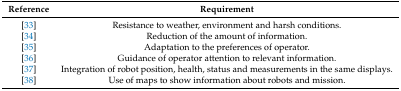
<table><thead><tr><td><b>Reference</b></td><td><b>Requirement</b></td></tr></thead><tbody><tr><td>[33]</td><td>Resistance to weather, environment and harsh conditions.</td></tr><tr><td>[34]</td><td>Reduction of the amount of information.</td></tr><tr><td>[35]</td><td>Adaptation to the preferences of operator.</td></tr><tr><td>[36]</td><td>Guidance of operator attention to relevant information.</td></tr><tr><td>[37]</td><td>Integration of robot position, health, status and measurements in the same displays.</td></tr><tr><td>[38]</td><td>Use of maps to show information about robots and mission.</td></tr></tbody></table>